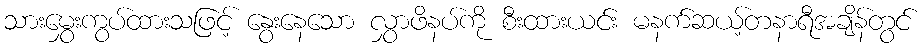
သားမွှေးကွပ်ထားသဖြင့် နွေးနေသော လွှာဖိနပ်ကို စီးထားယင်း မနက်ဆယ့်တနာရီအချိန်တွင်